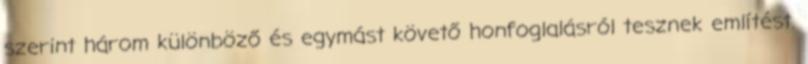
szerint három különböző és egymást követő honfoglalásról tesznek említést.